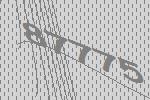
87775